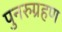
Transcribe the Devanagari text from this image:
पुनरुग्रहण